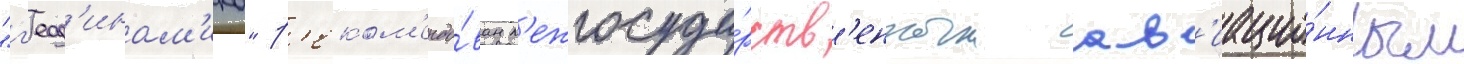
"г'еод'инам'ика" р'еком'ендо́ван м'ежгосуда́рств'енным ав'иацио́нным